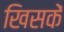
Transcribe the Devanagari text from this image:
खिसकें